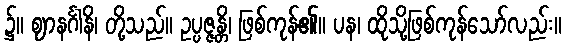
၌။ ဈာနင်္ဂါနိ၊ တို့သည်။ ဥပ္ပဇ္ဇန္တိ၊ ဖြစ်ကုန်၏။ ပန၊ ထိုသို့ဖြစ်ကုန်သော်လည်း။